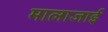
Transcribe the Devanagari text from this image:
मालाजाई